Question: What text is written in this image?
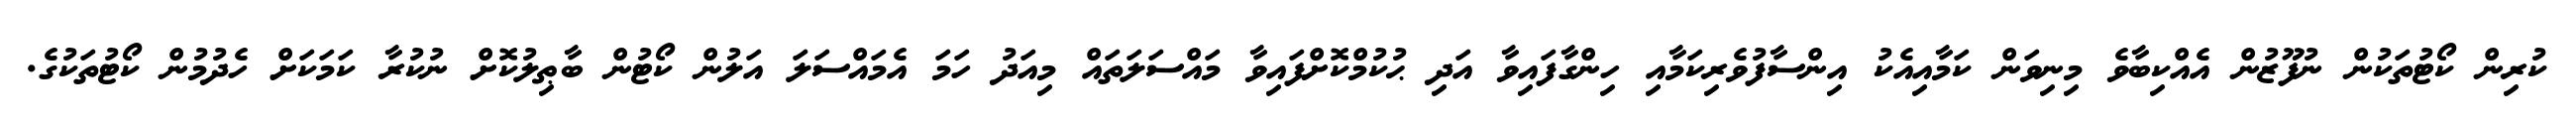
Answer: ކުރިން ކޯޓުތަކުން ނުފޫޒުން އެއްކިބާވެ މިނިވަން ކަމާއިއެކު އިންސާފުވެރިކަމާއި ހިންގާފައިވާ އަދި ޙުކުމްކޮށްފައިވާ މައްސަލަތައް މިއަދު ހަމަ އެމައްސަލަ އަލުން ކޯޓުން ބާޠިލުކޮށް ނުކުރާ ކަމަކަށް ހެދުމުން ކޯޓުތަކުގެ.